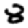
Digit: 8